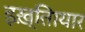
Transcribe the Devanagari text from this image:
इख़्तिायार